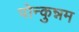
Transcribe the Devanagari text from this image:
पोन्कुन्नम